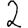
Digit: 2